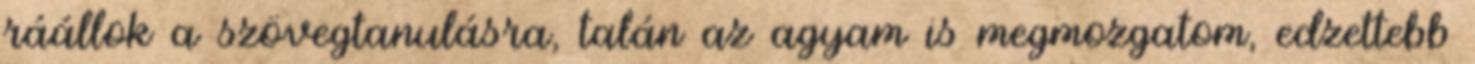
ráállok a szövegtanulásra, talán az agyam is megmozgatom, edzettebb